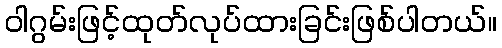
ဝါဂွမ်းဖြင့်ထုတ်လုပ်ထားခြင်းဖြစ်ပါတယ်။